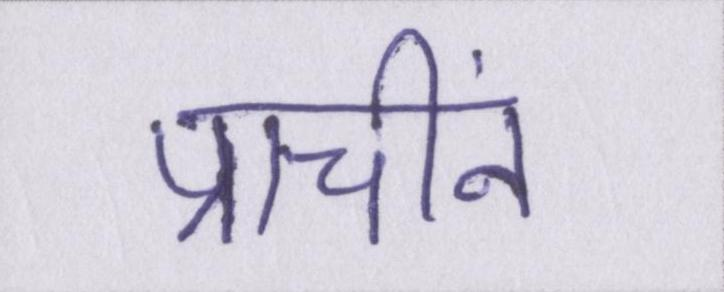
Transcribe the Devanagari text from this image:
प्राचीनं